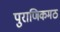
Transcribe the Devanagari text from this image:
पुराणिकमठ